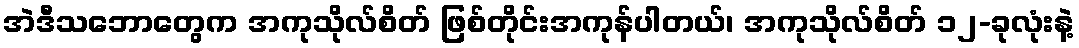
အဲဒီသဘောတွေက အကုသိုလ်စိတ် ဖြစ်တိုင်းအကုန်ပါတယ်၊ အကုသိုလ်စိတ် ၁၂-ခုလုံးနဲ့